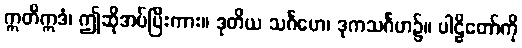
ဣတိဣဒံ၊ ဤဆိုအပ်ပြီးကား။ ဒုတိယ သင်္ဂဟေ၊ ဒုကသင်္ဂဟ၌။ ပါဠိတော်ကို